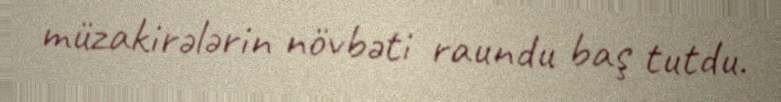
müzakirələrin növbəti raundu baş tutdu.